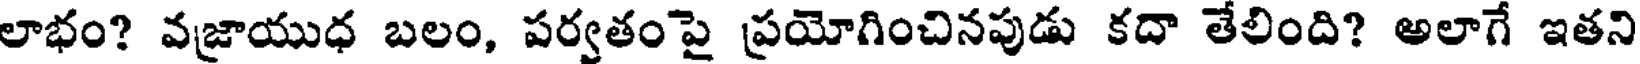
లాభం? వజ్రాయుధ బలం, పర్వతంపై ప్రయోగించినపుడు కదా తేలింది? అలాగే ఇతని